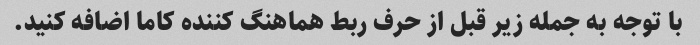
با توجه به جمله زیر قبل از حرف ربط هماهنگ کننده کاما اضافه کنید.